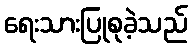
ရေးသားပြုစုခဲ့သည်